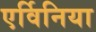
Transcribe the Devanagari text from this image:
एर्विनिया